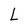
Character: L